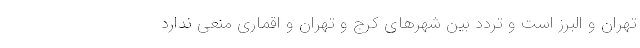
تهران و البرز است و تردد بین شهرهای کرج و تهران و اقماری منعی ندارد